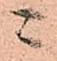
ニ